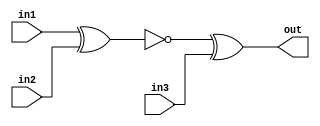
module top_module (
    input in1,
    input in2,
    input in3,
    output out);

    // 
    assign out = (~(in1 ^ in2)) ^ in3;

    // 
    wire w1;
    assign w1 = ~(in1 ^ in2);
    assign out = w1^in3;
    
endmodule